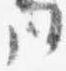
同